Scottish Certificate of Education, 1962
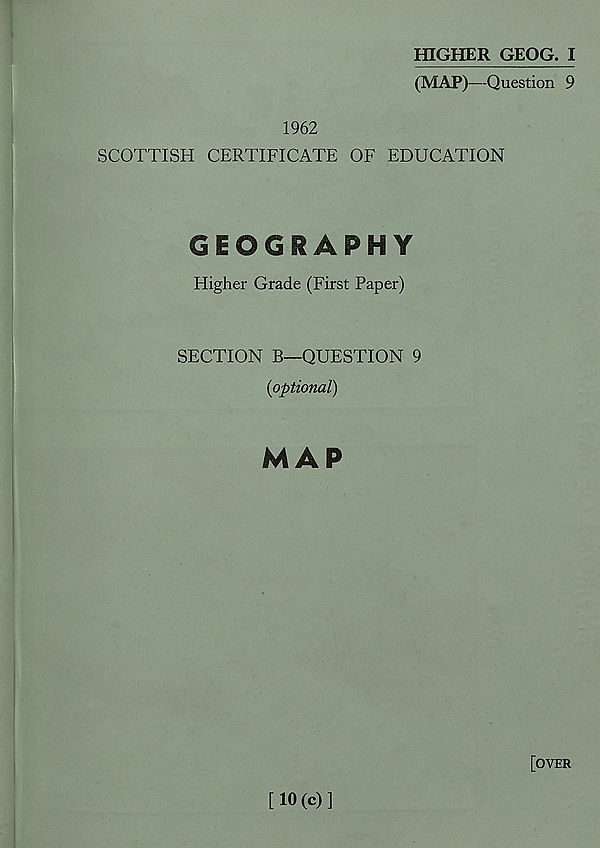
HIGHER GEOG. I
(MAP)—Question 9
1962
SCOTTISH CERTIFICATE OF EDUCATION
GEOGRAPHY
Higher Grade (First Paper)
SECTION B—QUESTION 9
{optional)
MAP
[OVER
[10(c)]